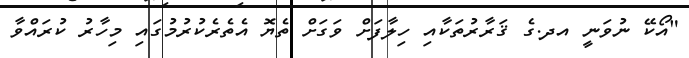
"އޯކޭ ނުވަނީ އދ.ގެ ޤަރާރުތަކާއި ހިލާފަށް ވަގަށް ތެޔޮ އެތެރެކުރުމުގައި މިހާރު ކުރައްވާ